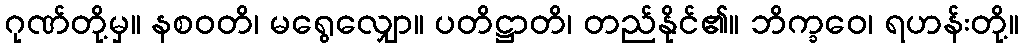
ဂုဏ်တို့မှ။ နစဝတိ၊ မရွေလျှော။ ပတိဋ္ဌာတိ၊ တည်နိုင်၏။ ဘိက္ခဝေ၊ ရဟန်းတို့။